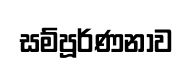
සම්පූර්ණනාව